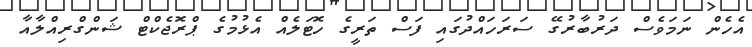
އެހެން ނަމަވެސް ދަރުބާރުގޭ ސަރަހައްދުގައި ފަސް ތަރީގެ ހޮޓަލެއް އެޅުމުގެ ޕްރޮޖެކްޓް ޝަންގްރިއްލާއާ